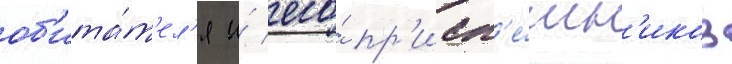
об'ита́т'ел'я и́ его́ пр'исп'е́шн'иков